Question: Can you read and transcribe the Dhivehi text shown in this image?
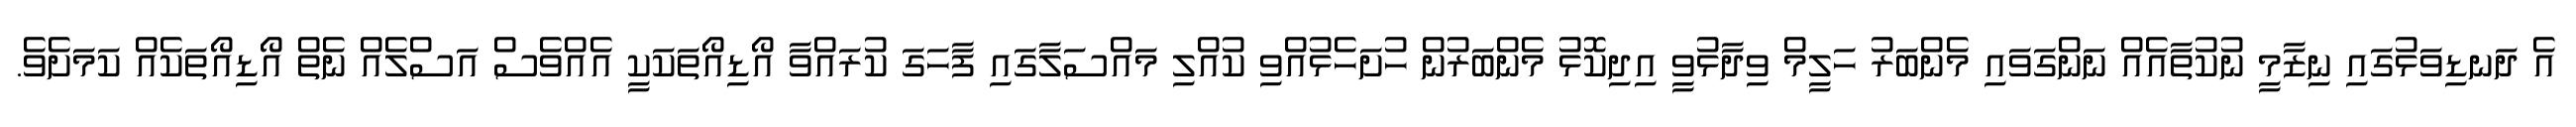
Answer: އެ ދަނޑިވަޅުގައި ނިޒާމީ ނުކުތާއެއް ނަންގަވައި މެންބަރު ހަލީމް ވިދާޅުވީ އިދިކޮޅު މެންބަރުން ހުށަހެޅުއްވި ކުއްލި މައްސަލާގައި ފާހަގަ ކުރައްވާ އޯޑިއޯތަކަކީ އެއްވެސް އަސްލެއް ނެތް އޯޑިއޯތަކެއް ކަމަށެވެ.